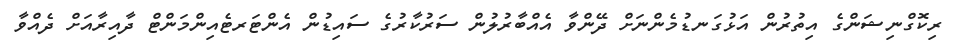
ރިކޮގްނިޝަންގެ އިތުރުން އަޅުގަނޑުމެންނަށް ދޭންވާ އެއްބާރުލުން ސަރުކާރުގެ ސައިޑުން އެންޓަރޓެއިންމަންޓް ދާއިރާއަށް ދެއްވާ